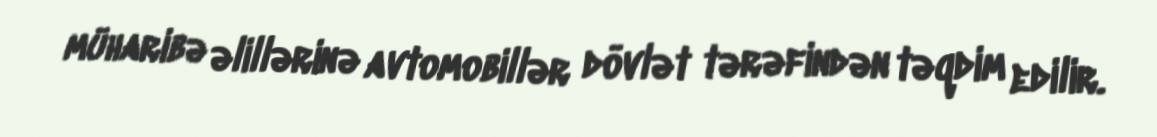
müharibə əlillərinə avtomobillər dövlət tərəfindən təqdim edilir.